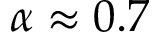
\alpha \approx 0 . 7